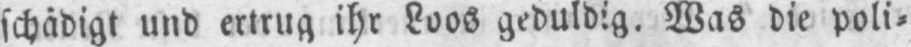
schädigt und ertrug ihr Loos geduldig. Was die poli⸗